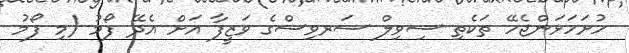
ހުށަހަޅަންޖެހޭ ތަކެތި ސިވިލް ސަރވިސްގެ ވަޒީފާ އަށް އެދޭ ފޯމު (މި ފޯމު